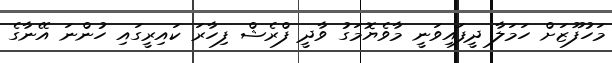
މަހުފޫޒަށް ހަމަލާ ދީފައިވަނީ މާވެޔޮމަގު ވާދީ ފްރެޝް ފިހާރަ ކައިރީގައި ހުންނަ އޭނާގެ